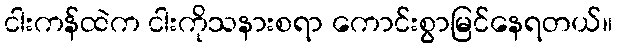
ငါးကန်ထဲက ငါးကိုသနားစရာ ကောင်းစွာမြင်နေရတယ်။